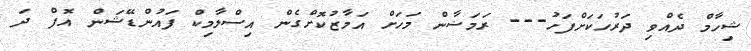
ޝިހާމް ދެއްވި ދަރުހަކަށްފަހު--- ރަމަޟާން މަހަށް އަމާޒުކޮށްގެން އިސްލާމިކް ފައުންޑޭޝަން އޮފް ދަ